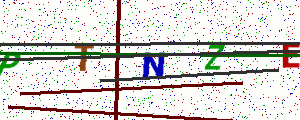
Text: PTNZE